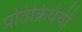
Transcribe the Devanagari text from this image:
प्रतिक्रियेची